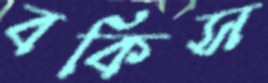
বকিস